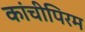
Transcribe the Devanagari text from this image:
कांचीपिरम